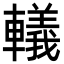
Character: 轙